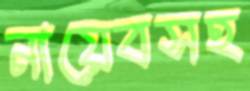
নায়েবসহ